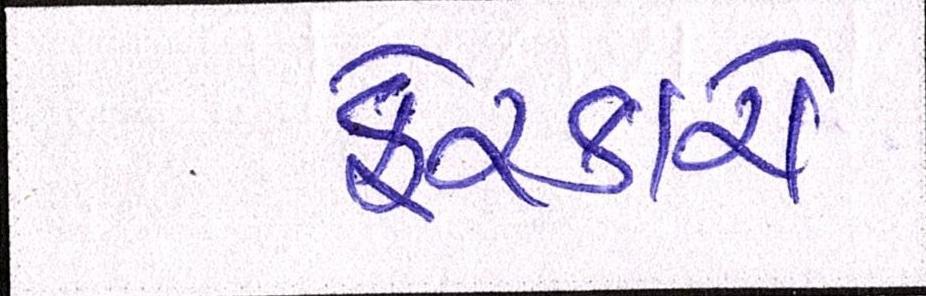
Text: ફેરફારો